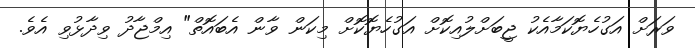
ވަރަށް އަގުހެޔޮކަމާއެކު ޖީބަށްލުއިކޮށް އަގުހެޔޮކޮށް މިކަން ވާން އެބައޮތް" އިމްޖާދު ވިދާޅުވި އެވެ.